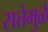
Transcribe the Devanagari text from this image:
सत्तेमुळे